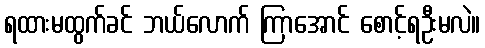
ရထားမထွက်ခင် ဘယ်လောက် ကြာအောင် စောင့်ရဦးမလဲ။